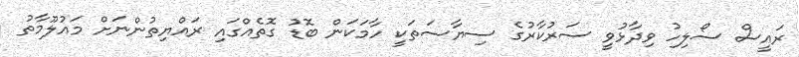
ރައީސް ސޯލިހު ވިދާޅުވީ ސަރުކާރުގެ ސިޔާސަތަކީ ހާމަކަން ބޮޑު ގޮތެއްގައި ރައްޔިތުންނަށް މައުލޫމާތު